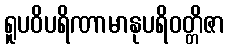
ရူပဝိပရိဏာမာနုပရိဝတ္တိဇာ